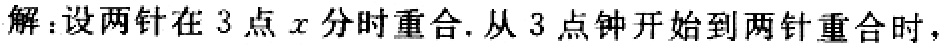
解：设两针在3点\(x\)分时重合. 从3点钟开始到两针重合时，